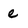
Character: e